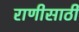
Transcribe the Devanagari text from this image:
राणीसाठी